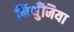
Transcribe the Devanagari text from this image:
लिथुँनिया